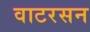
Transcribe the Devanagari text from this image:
वाटरसन